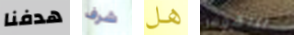
هدفنا شرف هل بيتهوفن